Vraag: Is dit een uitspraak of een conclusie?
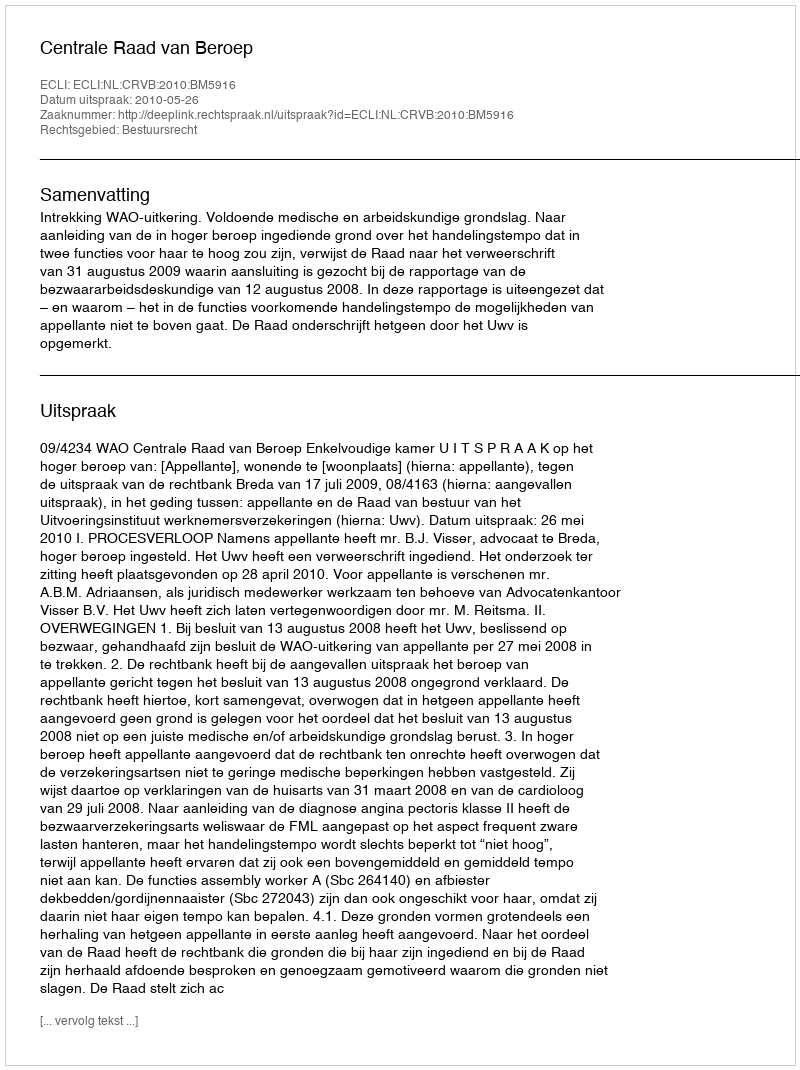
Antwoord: Uitspraak